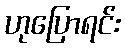
ဟုပြောရင်း